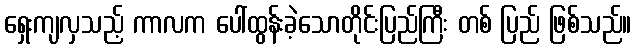
ရှေးကျလှသည့် ကာလက ပေါ်ထွန်းခဲ့သောတိုင်းပြည်ကြီး တစ် ပြည် ဖြစ်သည်။